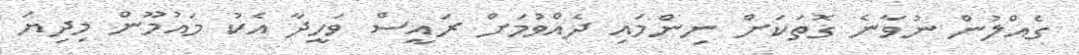
ގެއްލުން ނުވާނެ ގޮތަކަށް ނިންމައި ދެއްވުމަށް ރައީސް ވަހީދާ އެކު މައުމޫން މިދިޔަ